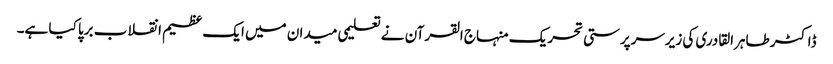
ڈاکٹر طاہرالقادری کی زیرسرپرستی تحریک منہاج القرآن نے تعلیمی میدان میں ایک عظیم انقلاب برپا کیا ہے۔